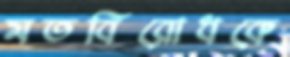
মতবিরোধকে